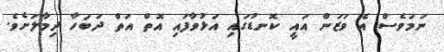
ނަމަވެސް އެ ވަޒަން އައީ ކޮނޑުގައި އަޅުވާފައި އޮތް އަތް ދަބަހާ ދިމާލަށެވެ.